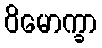
ဝိမောက္ခာ